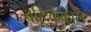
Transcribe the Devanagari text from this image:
बहिःकंकाल